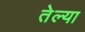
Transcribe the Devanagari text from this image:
तेल्या